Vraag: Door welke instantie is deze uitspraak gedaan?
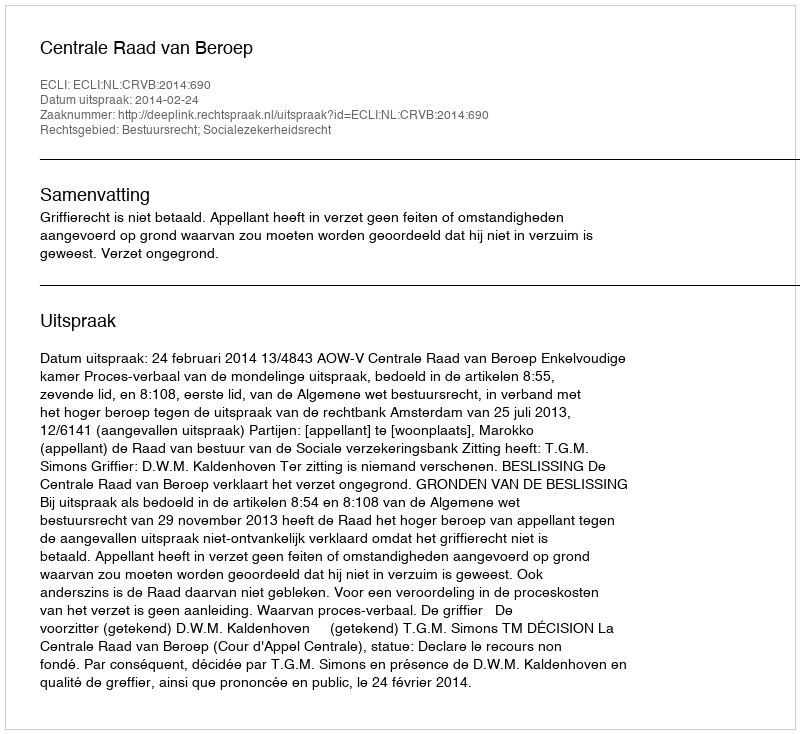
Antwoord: Centrale Raad van Beroep